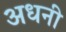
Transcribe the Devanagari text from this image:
अधनी